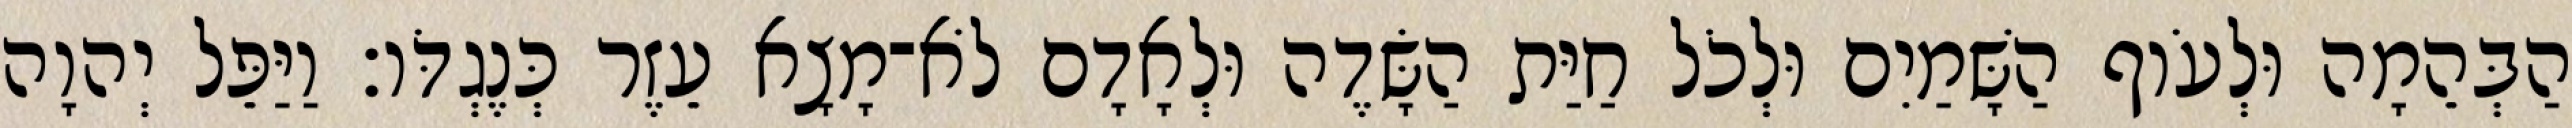
הַבְּהֵמָה וּלְעֹוף הַשָּׁמַיִם וּלְכֹל חַיַּת הַשָּׂדֶה וּלְאָדָם לֹא־מָצָא עֵזֶר כְּנֶגְדֹּו׃ וַיַּפֵּל יְהוָה